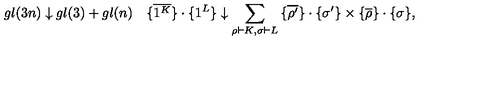
g l ( 3 n ) \downarrow g l ( 3 ) + g l ( n ) \quad { \{ } \overline { { 1 ^ { K } } } { \} } \cdot { \{ } 1 ^ { L } { \} } \downarrow \sum _ { \rho \vdash K , \sigma \vdash L } { \{ } \overline { { \rho ^ { \prime } } } { \} } \cdot { \{ } \sigma ^ { \prime } { \} } \times { \{ } \overline { { \rho } } { \} } \cdot { \{ } \sigma { \} } ,